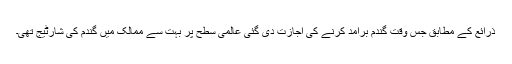
ذرائع کے مطابق جس وقت گندم برآمد کرنے کی اجازت دی گئی عالمی سطح پر بہت سے ممالک میں گندم کی شارٹیج تھی۔